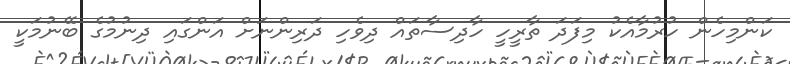
ކަންމިހެން ހުރުމާއެކު މިފަދަ ތާރީހީ ހާދިސާތައް ދިވެހި ދަރިންނަށް އަންގައި ދިނުމުގެ ބޭނުމަކީ